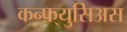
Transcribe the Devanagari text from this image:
कन्फ़्युसिअस